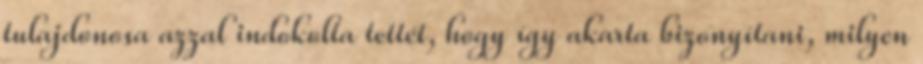
tulajdonosa azzal indokolta tettét, hogy így akarta bizonyítani, milyen